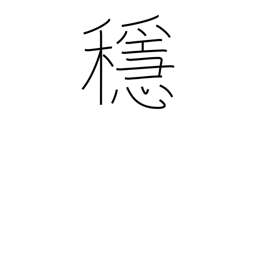
Meaning: calm